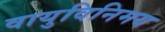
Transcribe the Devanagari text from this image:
वायुविनिमय